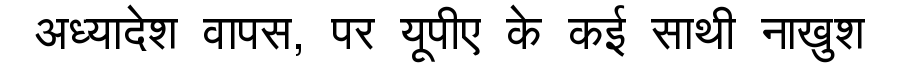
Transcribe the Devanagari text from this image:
अध्यादेश वापस, पर यूपीए के कई साथी नाखुश